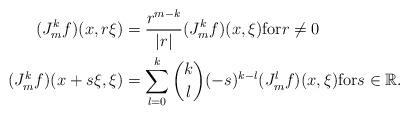
LaTeX: \begin{align*}(J_m^k f) (x, r \xi) &= \frac{r^{m-k}}{|r|} (J_m^k f)(x, \xi) \mbox{for} r\neq 0 \\ (J_m^k f)(x+ s \xi, \xi) &= \sum\limits_{l=0}^k \binom{k}{l} (-s)^{k-l} (J_m^l f) (x, \xi) \mbox{for}s\in \mathbb{R}.\end{align*}